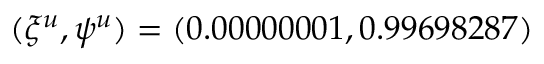
( \xi ^ { u } , \psi ^ { u } ) = ( 0 . 0 0 0 0 0 0 0 1 , 0 . 9 9 6 9 8 2 8 7 )